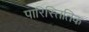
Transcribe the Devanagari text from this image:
पारिस्तितिक